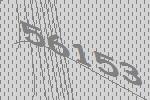
56153